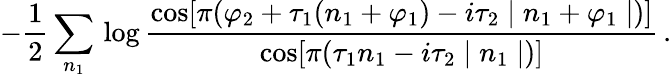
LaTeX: -\frac{1}{2}\sum_{n_{1}}\, \log\frac{\cos[\pi(\varphi_{2}+\tau_{1}(n_{1}+\varphi_{1})-i\tau_{2}\mid n_{1}+\varphi_{1}\mid)]}{\cos[\pi(\tau_{1}n_{1}-i\tau_{2}\mid n_{1}\mid)]}\, .